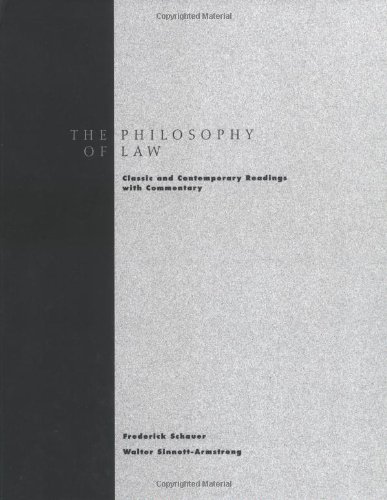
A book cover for Philosophy of Law: Classic and Contemporary Readings with Commentary; Fredrick Schauer; Law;